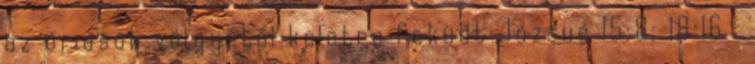
az óriások völgyétől keletre feküdt Józsué 15:8; 18:16 .